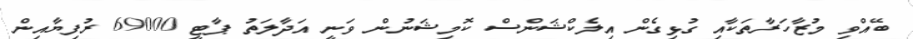
ބޭއްވި މުޒާހަރާތަކާއި ގުޅިގެން އިލެކްޝަންސް ކޮމިޝަނުން ވަނީ އަދާލަތު ޕާޓީ 69000 ރުފިޔާއިން